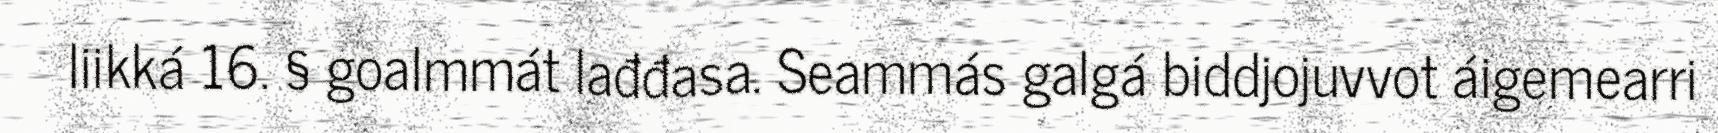
liikká 16. § goalmmát lađđasa. Seammás galgá biddjojuvvot áigemearri